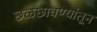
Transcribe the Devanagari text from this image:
छळछावण्यांतून